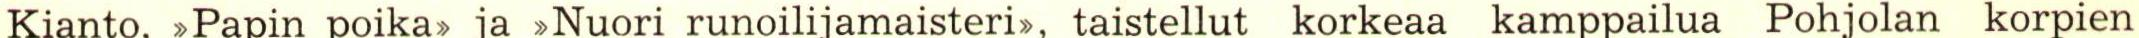
Kianto, >Papin poika> ja >Nuori runoilijamaisteri>, taistellut korkeaa kamppailua Pohjolan korpien